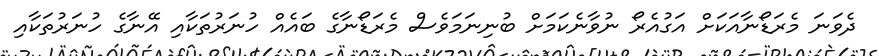
ދެވަނަ މެރަޑޯނާއަކަށް އަގުއެރޯ ނުވާނެކަމަށް ބުނިނަމަވެސް މެރަޑޯނާގެ ބައެއް ހުނަރުތަކާއި އޭނާގެ ހުނަރުތަކާއި